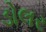
ડોલર